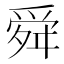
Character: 舜